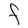
Character: F